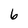
Character: 6